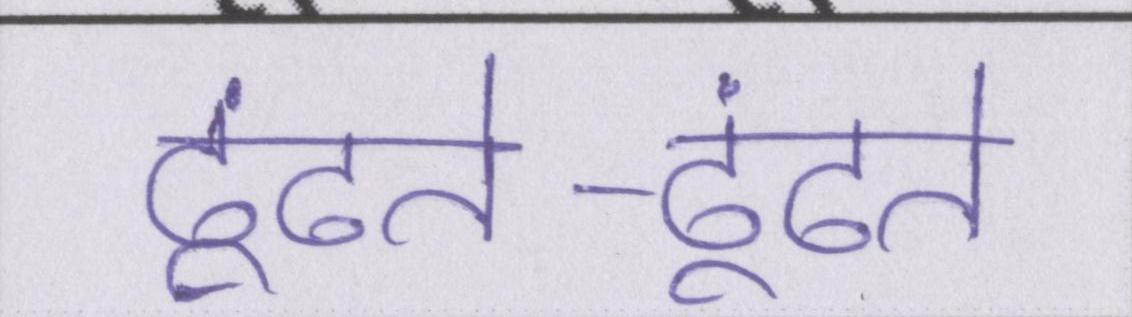
ढूंढते-ढूंढते